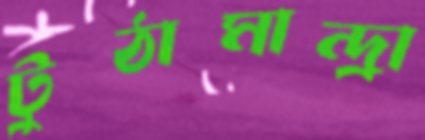
টুঠামান্দ্রা